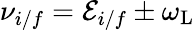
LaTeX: \nu_{i/f}={\cal E}_{i/f}\pm\omega_{\mathrm{L}}